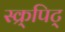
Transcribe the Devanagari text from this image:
स्क्र्पिट्